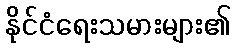
နိုင်ငံရေးသမားများ၏